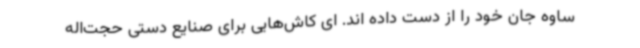
ساوه جان خود را از دست داده اند. ای کاش‌هایی برای صنایع دستی حجت‌اله